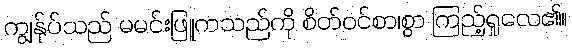
ကျွန်ုပ်သည် မမင်းဖြူကသည်ကို စိတ်ဝင်စာ၊စွာ ကြည့်ရှုလေ၏။